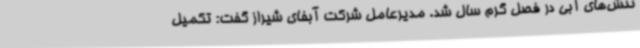
تنش‌های آبی در فصل گرم سال شد. مدیرعامل شرکت آبفای شیراز گفت: تکمیل